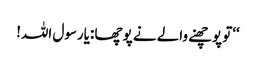
‘‘تو پوچھنے والے نے پوچھا :یارسول اللہ!